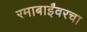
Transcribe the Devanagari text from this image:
रमाबाईंवरचा